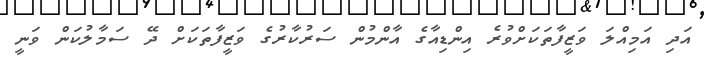
އަދި އަމިއްލަ ވަޒީފާތަކަށްވުރެ އިންޑިއާގެ އާންމުން ސަރުކާރުގެ ވަޒީފާތަކަށް ދޭ ސަމާލުކަން ވަނީ